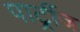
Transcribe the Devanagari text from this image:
पार्ट्रीज